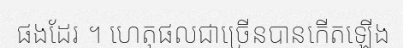
ផងដែរ ។ ហេតុផលជាច្រើនបានកើតឡើង